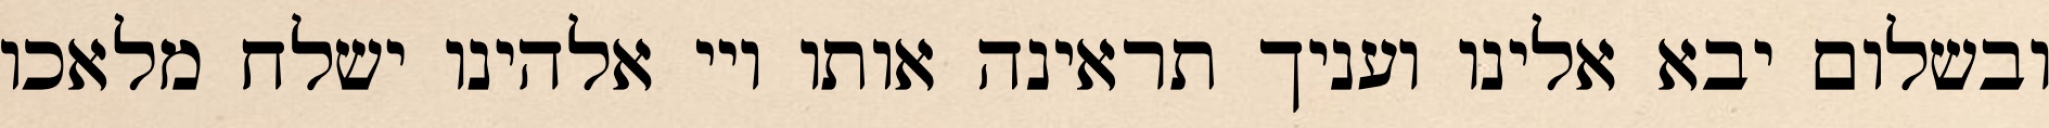
ובשלום יבא אלינו ועניך תראינה אותו ויי אלהינו ישלח מלאכו